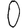
Digit: 0